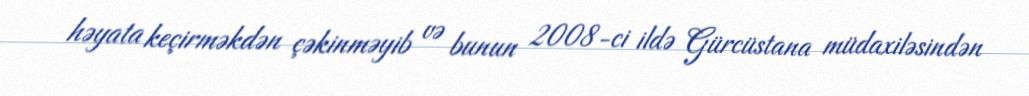
həyata keçirməkdən çəkinməyib və bunun 2008-ci ildə Gürcüstana müdaxiləsindən